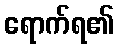
ရောက်ရ၏